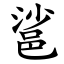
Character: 䣉